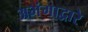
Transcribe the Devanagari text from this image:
अभंगाद्वारे